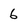
Character: 6